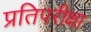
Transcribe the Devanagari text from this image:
प्रतिपरीक्षा